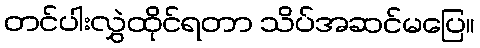
တင်ပါးလွှဲထိုင်ရတာ သိပ်အဆင်မပြေ။